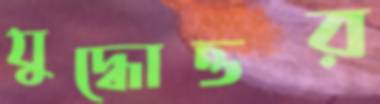
যুদ্ধোত্তর